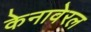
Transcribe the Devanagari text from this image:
केनावेरल